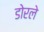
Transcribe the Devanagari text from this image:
डोरले